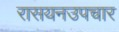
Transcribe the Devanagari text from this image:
रासयनउपचार